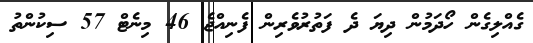
ގެއްލިގެން ހޯދަމުން ދިޔަ ދެ ފަތުރުވެރިން ފެނިއްޖެ 46 މިނެޓް 57 ސިކުންތު